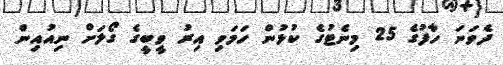
ދެވަނަ ހާފުގެ 25 މިނެޓުގެ ކުޅުން ހަމަވި އިރު ވީބީގެ ގޯލަށް ނިއުއިން